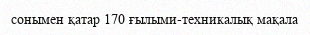
сонымен қатар 170 ғылыми-техникалық мақала